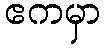
ဧကမှာ